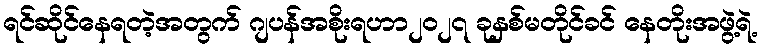
ရင်ဆိုင်နေရတဲ့အတွက် ဂျပန်အစိုးရဟာ၂၀၂၇ ခုနှစ်မတိုင်ခင် နေတိုးအဖွဲ့ရဲ့